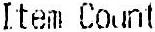
ITEM COUNT